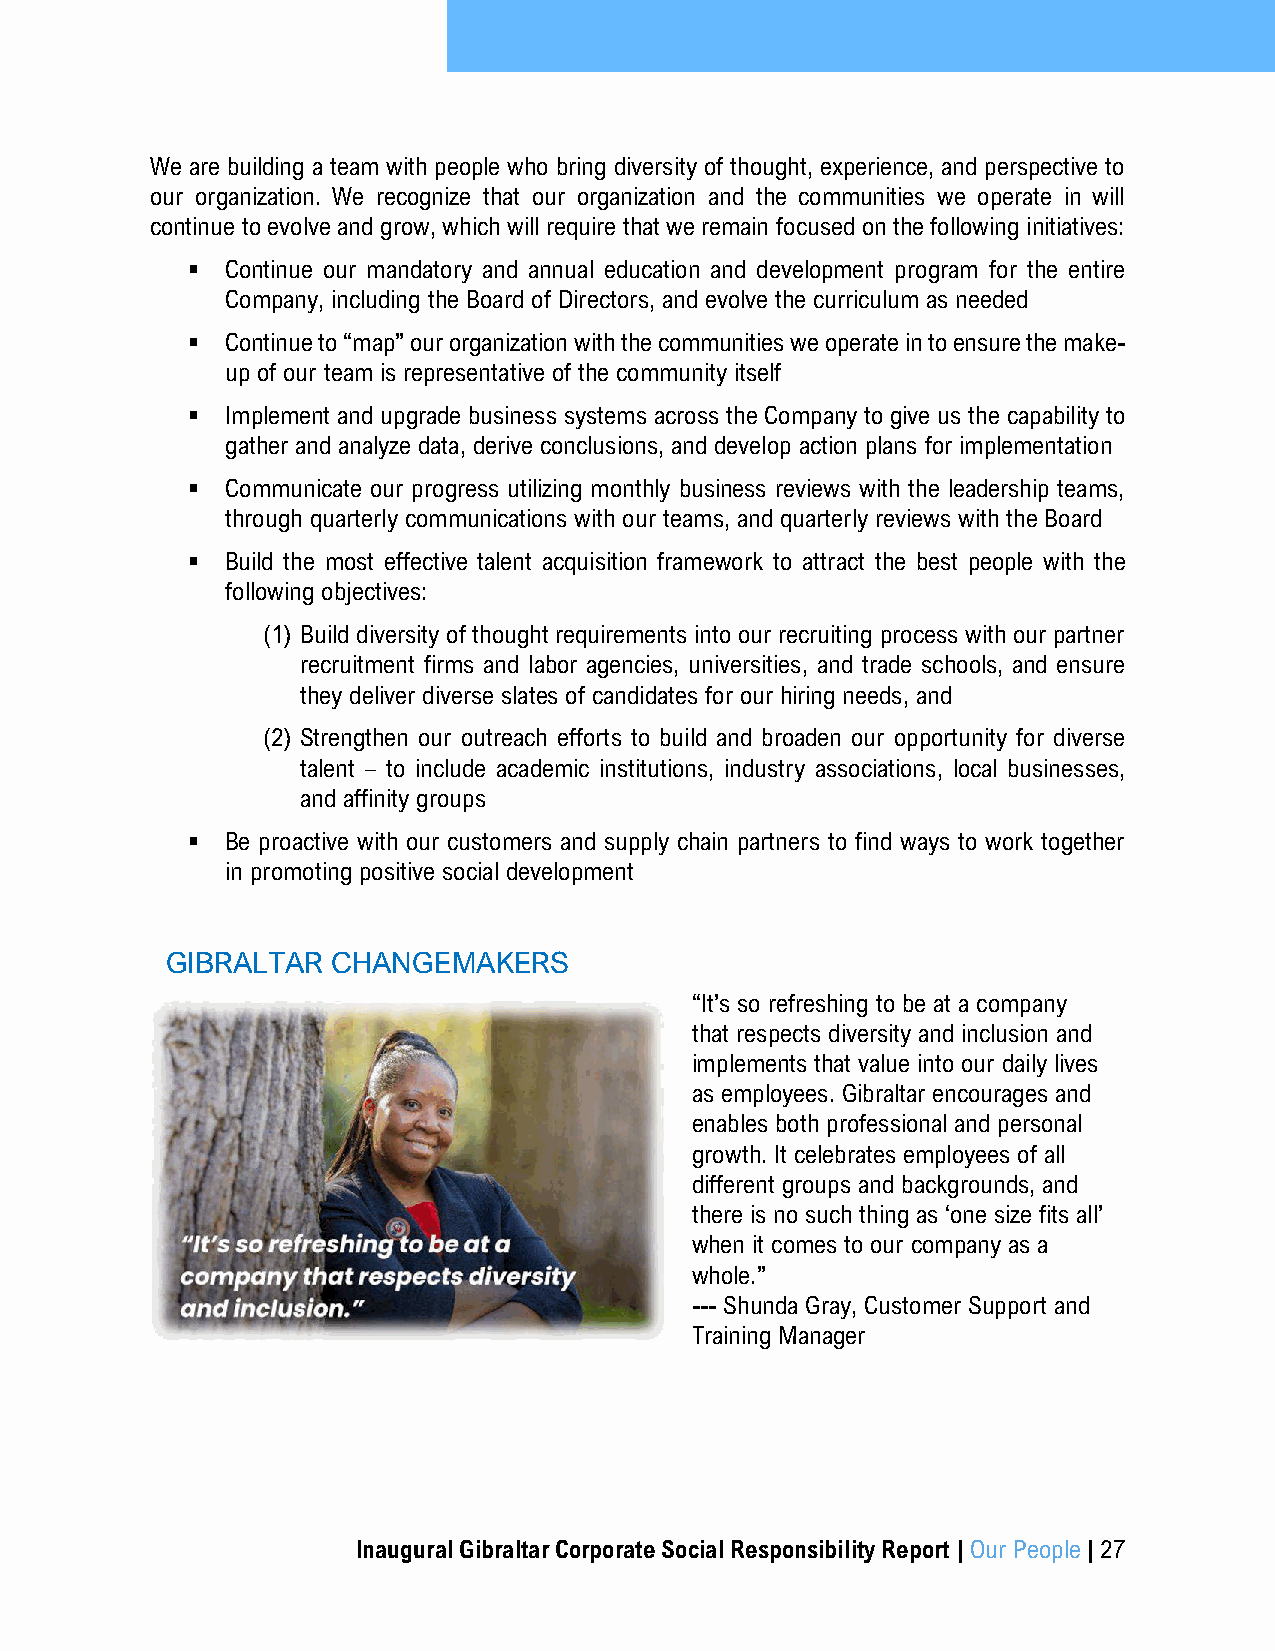
We are building a team with people who bring diversity of thought, experience, and perspective to
 our organization. We recognize that our organization and the communities we operate in will
 continue to evolve and grow, which will require that we remain focused on the following initiatives:
 ▪  Continue our mandatory and annual education and development program for the entire
 Company, including the Board of Directors, and evolve the curriculum as needed
 ▪  Continue to “map” our organization with the communities we operate in to ensure the make-
 up of our team is representative of the community itself
 ▪  Implement and upgrade business systems across the Company to give us the capability to
 gather and analyze data, derive conclusions, and develop action plans for implementation
 ▪  Communicate our progress utilizing monthly business reviews with the leadership teams,
 through quarterly communications with our teams, and quarterly reviews with the Board
 ▪  Build the most effective talent acquisition framework to attract the best people with the
 following objectives:
 (1) Build diversity of thought requirements into our recruiting process with our partner
 recruitment firms and labor agencies, universities, and trade schools, and ensure
 they deliver diverse slates of candidates for our hiring needs, and
 (2) Strengthen our outreach efforts to build and broaden our opportunity for diverse
 talent – to include academic institutions, industry associations, local businesses,
 and affinity groups
 ▪  Be proactive with our customers and supply chain partners to find ways to work together
 in promoting positive social development
 GIBRALTAR  CHANGEMAKERS
 “It’s so refreshing to be at a company
 that respects diversity and inclusion and
 implements that value into our daily lives
 as employees. Gibraltar encourages and
 enables both professional and personal
 growth. It celebrates employees of all
 different groups and backgrounds, and
 there is no such thing as ‘one size fits all’
 when it comes to our company as a
 whole.”
 --- Shunda Gray, Customer Support and
 Training Manager
 Inaugural Gibraltar Corporate Social Responsibility Report | Our People | 27